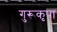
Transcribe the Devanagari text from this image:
गुरूकृपा